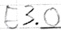
Text: E3.0